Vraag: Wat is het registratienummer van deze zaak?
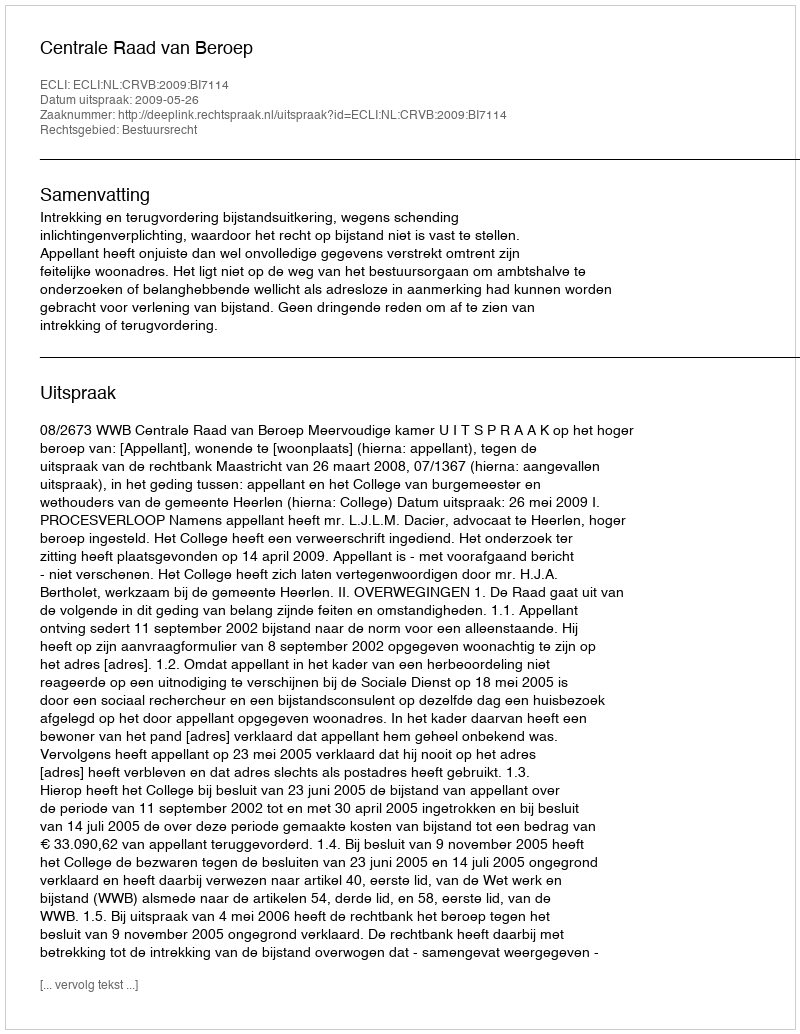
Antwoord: http://deeplink.rechtspraak.nl/uitspraak?id=ECLI:NL:CRVB:2009:BI7114